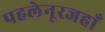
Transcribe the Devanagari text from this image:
पहलेनूरजहाँ